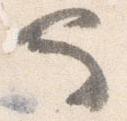
也